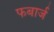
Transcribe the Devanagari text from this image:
फबार्ज